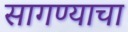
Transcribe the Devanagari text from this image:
सागण्याचा